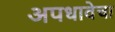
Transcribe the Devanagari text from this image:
अपधावेचा